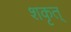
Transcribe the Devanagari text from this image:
शकृत्